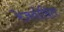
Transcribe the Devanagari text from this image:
रेज़वोदित